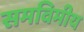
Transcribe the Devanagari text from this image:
समविमीय